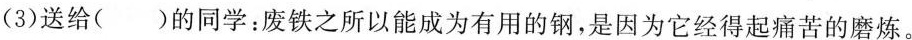
(3)送给( )的同学：废铁之所以能成为有用的钢，是因为它经得起痛苦的磨炼。